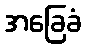
အခြေခံ